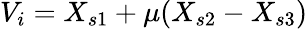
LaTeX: V_{i}=X_{s1}+\mu(X_{s2}-X_{s3})